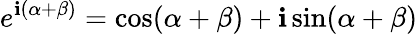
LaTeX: e^{\mathbf{i}(\alpha+\beta)}=\cos(\alpha+\beta)+\mathbf{i}\sin(\alpha+\beta)